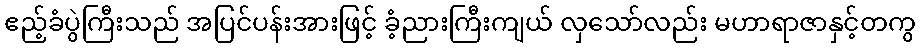
ဧည့်ခံပွဲကြီးသည် အပြင်ပန်းအားဖြင့် ခံ့ညားကြီးကျယ် လှသော်လည်း မဟာရာဇာနှင့်တကွ